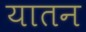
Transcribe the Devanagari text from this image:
यातन